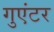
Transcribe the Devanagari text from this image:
गुएंटर